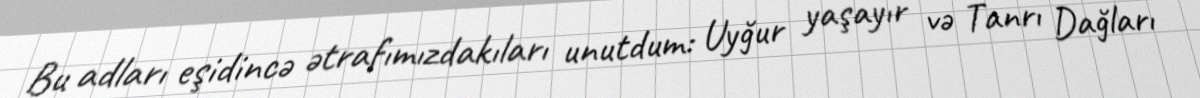
Bu adları eşidincə ətrafımızdakıları unutdum: Uyğur yaşayır və Tanrı Dağları